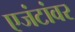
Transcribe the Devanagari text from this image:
एजंटांवर